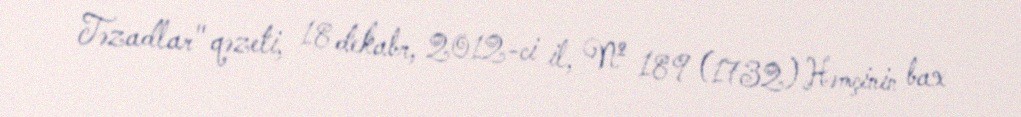
Təzadlar" qəzeti, 18 dekabr, 2012-ci il, № 189 (1732) Həmçinin bax